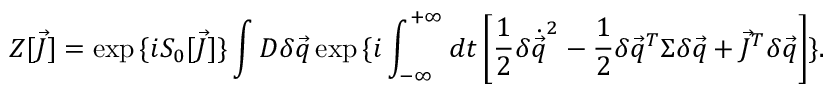
Z [ \vec { J } ] = \exp { \{ i S _ { 0 } [ \vec { J } ] \} } \int D \delta \vec { q } \exp { \{ i \int _ { - \infty } ^ { + \infty } d t \left[ \frac { 1 } { 2 } \delta \dot { \vec { q } } ^ { 2 } - \frac { 1 } { 2 } \delta \vec { q } ^ { T } \Sigma \delta \vec { q } + \vec { J } ^ { T } \delta \vec { q } \right] \} } .